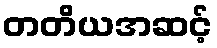
တတိယအဆင့်